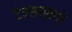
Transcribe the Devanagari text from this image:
टेक्सासाचे